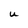
Character: U